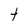
Character: t